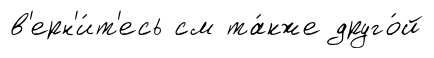
в'ерн'и́т'есь см та́кже друго́й